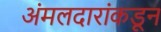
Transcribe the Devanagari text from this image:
अंमलदारांकडून